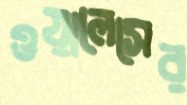
ওয়ালেসের